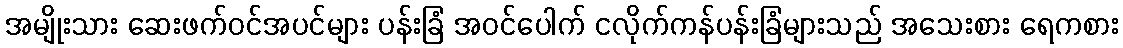
အမျိုးသား ဆေးဖက်ဝင်အပင်များ ပန်းခြံ အဝင်ပေါက် ငလိုက်ကန်ပန်းခြံများသည် အသေးစား ရေကစား